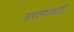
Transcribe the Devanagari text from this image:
सावरण्यासाठी